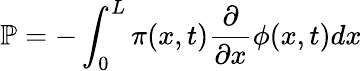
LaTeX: \mathbb{P}=-\int_{0}^{L}\pi(x,t)\frac{\partial}{\partial x}\phi(x,t)dx